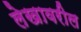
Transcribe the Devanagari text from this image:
लेखावरील